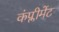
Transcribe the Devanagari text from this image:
कंप्लीमेंट